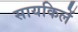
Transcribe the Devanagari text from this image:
सायकिलें